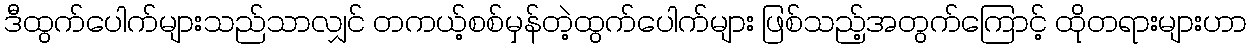
ဒီထွက်ပေါက်များသည်သာလျှင် တကယ့်စစ်မှန်တဲ့ထွက်ပေါက်များ ဖြစ်သည့်အတွက်ကြောင့် ထိုတရားများဟာ